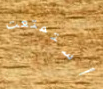
أستمتعت